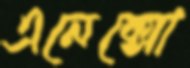
এনেক্সো